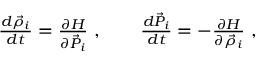
\begin{array} { r } { \frac { d \vec { \rho } _ { i } } { d t } = \frac { \partial H } { \partial \vec { P } _ { i } } ~ , \quad \quad \frac { d \vec { P } _ { i } } { d t } = - \frac { \partial H } { \partial \vec { \rho } _ { i } } ~ , } \end{array}